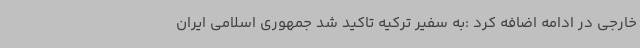
خارجی در ادامه اضافه کرد :به سفیر ترکیه تاکید شد جمهوری اسلامی ایران